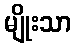
မျိုးသာ